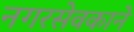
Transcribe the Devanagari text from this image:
नगरसेवकाने